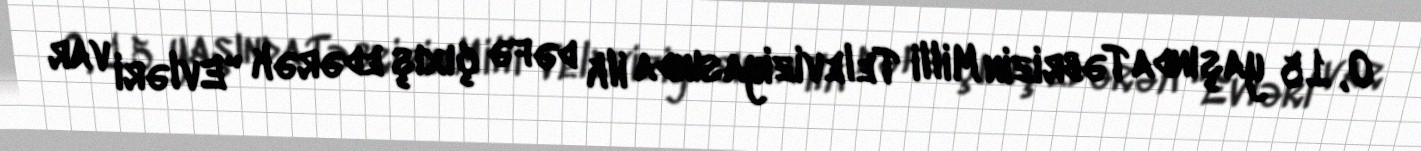
O, 15 yaşında Təbrizin Milli Televiziyasında ilk dəfə çıxış edərək "Evləri var